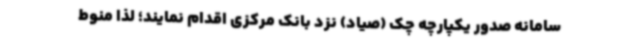
سامانه صدور یکپارچه چک (صیاد) نزد بانک مرکزی اقدام نمایند؛ لذا منوط